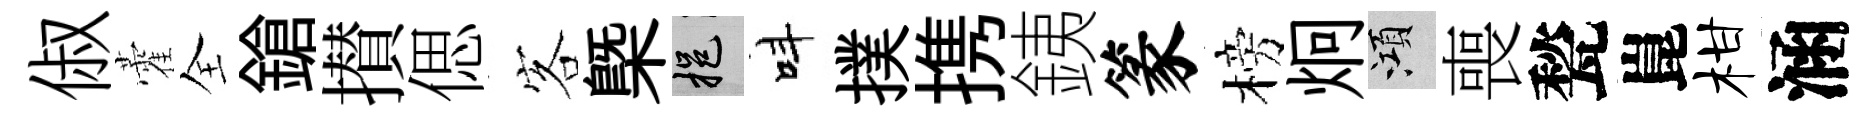
俶藿全鎗攅偲客㮣挹呌撲携銕篆榜炯澒喪甃崑柑涵